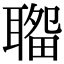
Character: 𦗎